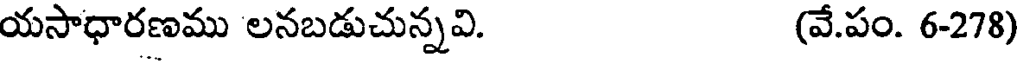
యసాధారణము లనబడుచున్నవి. (వే.పం. 6-278)